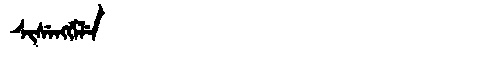
Manchu: ᠰᡳᠰᡝᠩᡤᡝᠯᡝ
Romanization: SISENGGELE